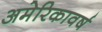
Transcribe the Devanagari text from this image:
अमेरिकावर्ष